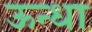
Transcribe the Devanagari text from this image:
ऊन्धा